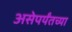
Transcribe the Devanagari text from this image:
असेपर्यंतच्या